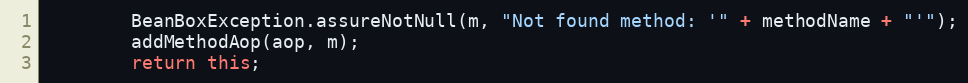
Language: Java
		BeanBoxException.assureNotNull(m, "Not found method: '" + methodName + "'");
		addMethodAop(aop, m);
		return this;